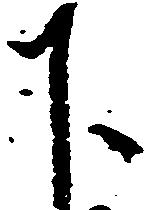
下